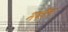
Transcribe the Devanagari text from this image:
मंदरैल